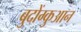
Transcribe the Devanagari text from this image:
बुदोंग्कुआन